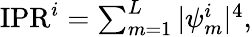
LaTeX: \begin{array}{r}{\mathrm{IPR}^{i}=\sum_{m=1}^{L}|\psi_{m}^{i}|^{4},}\end{array}